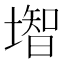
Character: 𡐻